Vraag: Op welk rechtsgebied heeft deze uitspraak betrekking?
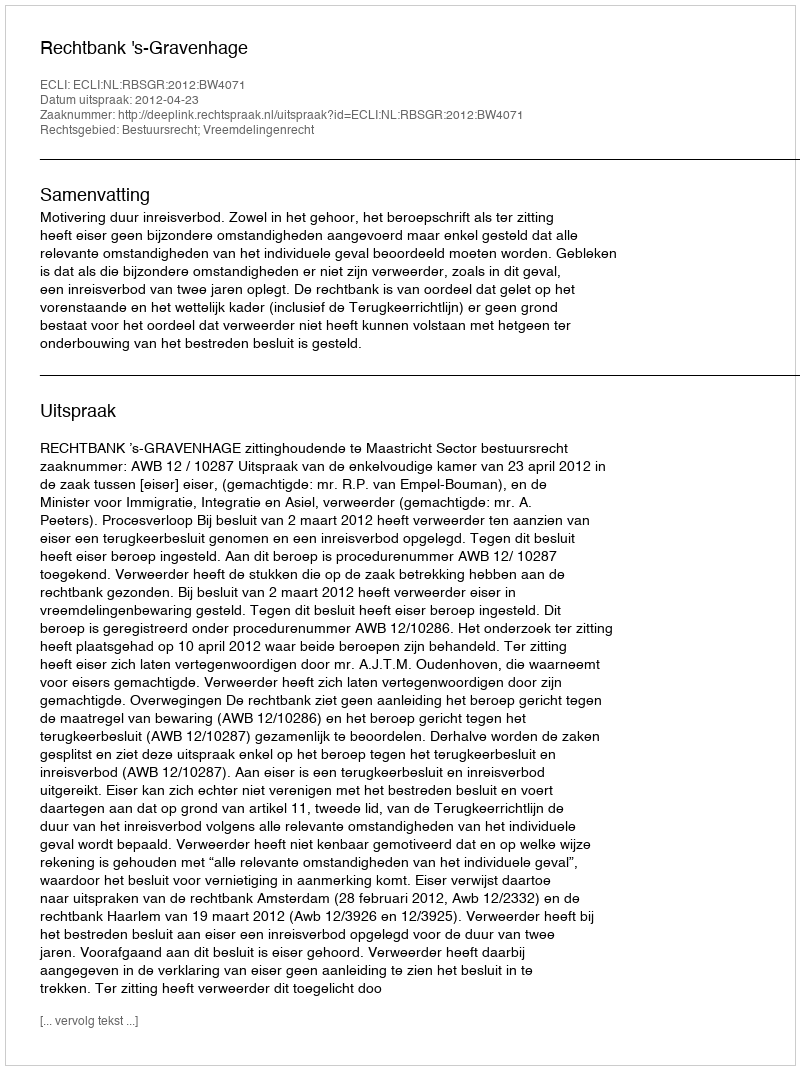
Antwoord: Bestuursrecht; Vreemdelingenrecht